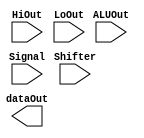
module MUX( ALUOut, HiOut, LoOut, Shifter, Signal, dataOut );
input [31:0] ALUOut ;
input [31:0] HiOut ;
input [31:0] LoOut ;
input [31:0] Shifter ;
input [5:0] Signal ;
output [31:0] dataOut ;


// input [31:0] temp ;

parameter AND = 6'b100100;
parameter OR  = 6'b100101;
parameter ADD = 6'b100000;
parameter SUB = 6'b100010;
parameter SLT = 6'b101010;

parameter SRL = 6'b000010;

parameter DIVU= 6'b011011;
parameter MFHI= 6'b010000;
parameter MFLO= 6'b010010;
/*
wqUذT
*/
/*
=====================================================
UdҡA{gпӦѮvWһkӼg
=====================================================

*/

// ============================g==========================================

assign temp = (Signal == AND ) ? (ALUOut) :
			 (Signal == OR ) ? (ALUOut) :
			 (Signal == ADD ) ? (ALUOut) :
			 (Signal == SUB ) ? (ALUOut) :
			 (Signal == SLT ) ? (ALUOut) :
			 (Signal == MFHI ) ? (HiOut) :
			 (Signal == MFLO ) ? (LoOut) :
			 (Signal == SRL ) ? (Shifter) :

    temp ;

endmodule